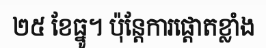
២៥ ខែធ្នូ។ ប៉ុន្តែការផ្តោតខ្លាំង